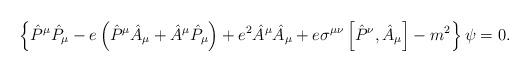
LaTeX: \begin{align*}\left\{ \hat{P}^{\mu }\hat{P}_{\mu }-e\left( \hat{P}^{\mu }\hat{A}_{\mu }+\hat{A}^{\mu }\hat{P}_{\mu }\right) +e^{2}\hat{A}^{\mu }\hat{A}_{\mu}+e\sigma ^{\mu \nu }\left[ \hat{P}^{\nu },\hat{A}_{\mu }\right]-m^{2}\right\} \psi =0.\end{align*}